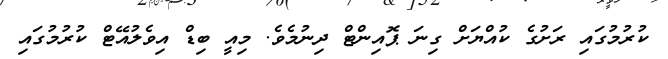
ކުރުމުގައި ރަށުގެ ކުއްޔަށް ގިނަ ޕޮއިންޓް ދިނުމެވެ. މިއީ ބިޑް އިވެލުއޭޓް ކުރުމުގައި